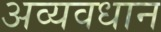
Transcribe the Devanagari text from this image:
अव्यवधान